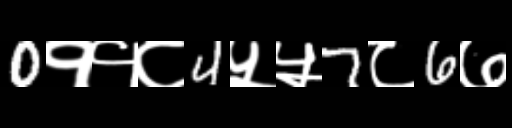
Text: 0११८4५५7८6७